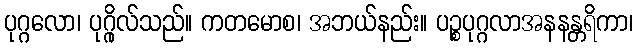
ပုဂ္ဂလော၊ ပုဂ္ဂိုလ်သည်။ ကတမောစ၊ အဘယ်နည်း။ ပဉ္စပုဂ္ဂလာအနနန္တရိကာ၊